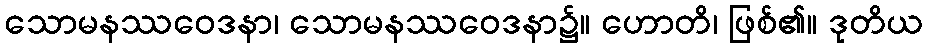
သောမနဿဝေဒနာ၊ သောမနဿဝေဒနာ၌။ ဟောတိ၊ ဖြစ်၏။ ဒုတိယ